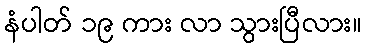
နံပါတ် ၁၉ ကား လာ သွားပြီလား။